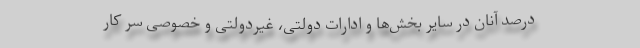
درصد آنان در سایر بخش‌ها و ادارات دولتی، غیردولتی و خصوصی سر کار